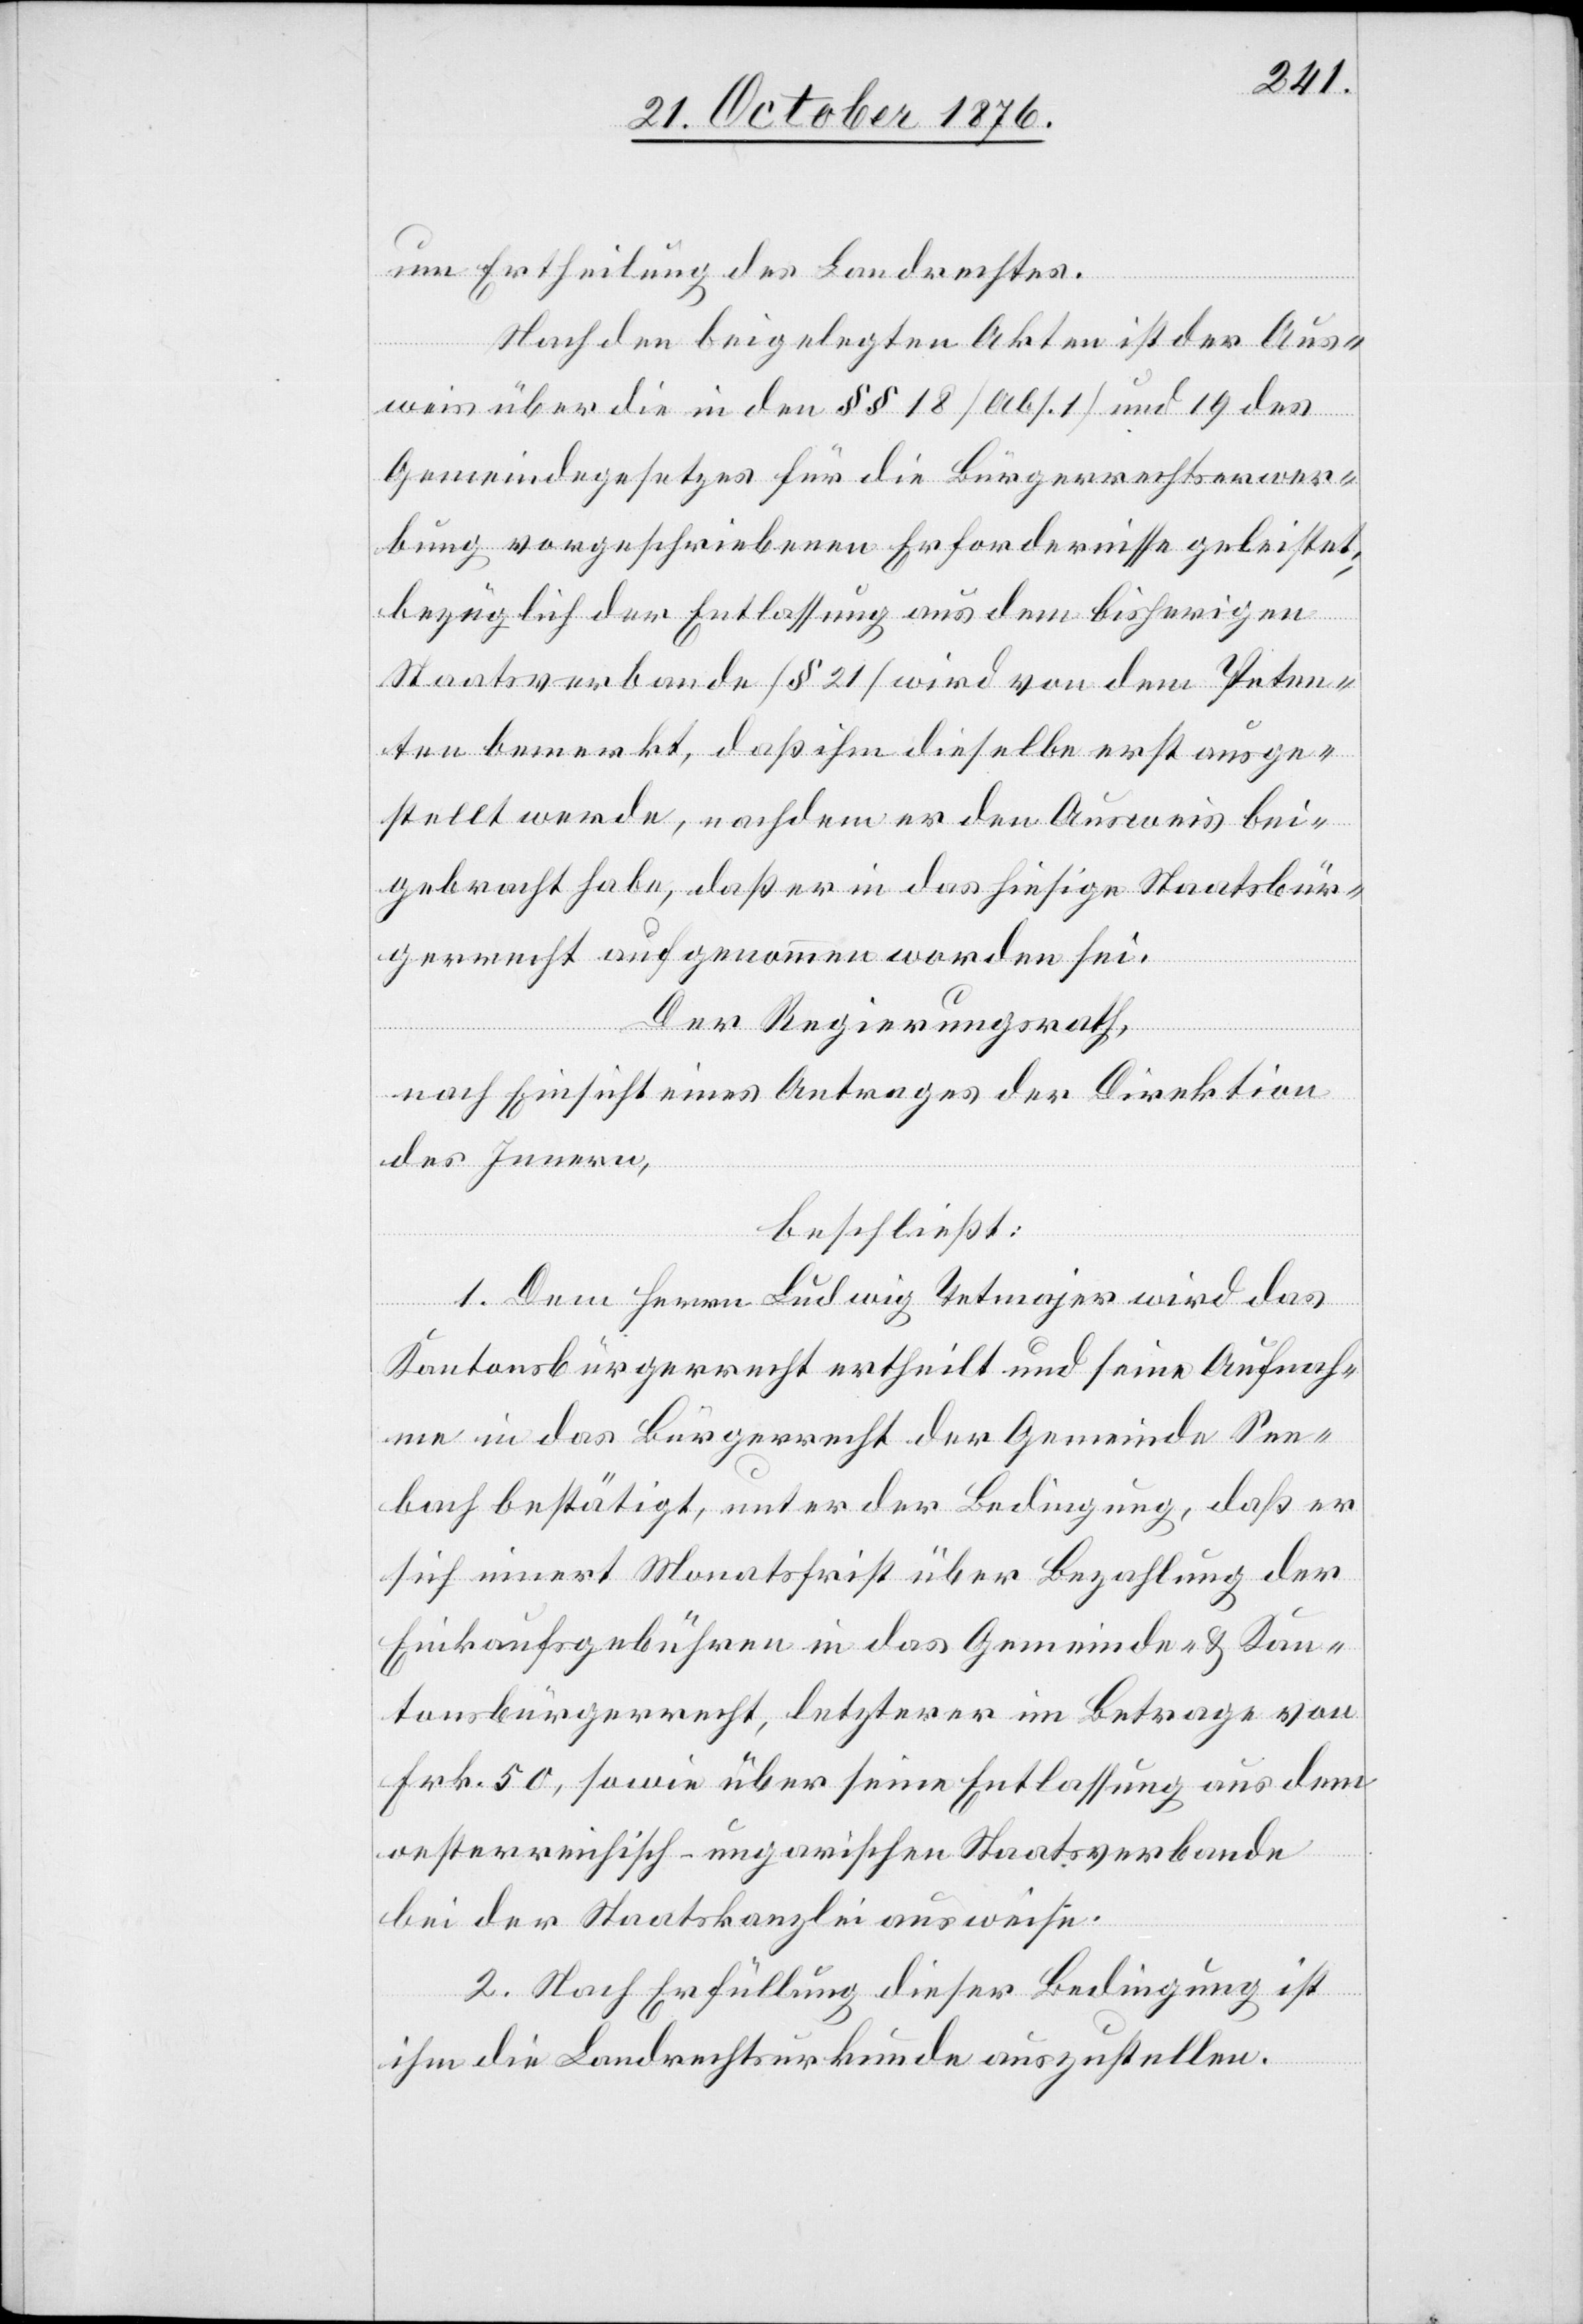
um Ertheilung des Landrechtes.
Nach den beigelegten Akten ist der Aus¬
weis über die in den §§ 18 [Abs. 1] und 19 des
Gemeindegesetzes für die Bürgerrechtserwer¬
bung vorgeschriebenen Erfordernisse geleistet;
bezüglich der Entlassung aus dem bisherigen
Staatsverbande [§ 21] wird von dem Peten¬
ten bemerkt, daß ihm dieselbe erst ausge¬
stellt werde, nachdem er den Ausweis bei¬
gebracht habe, daß er in das hiesige Staatsbür¬
gerrecht aufgenommen worden sei.
Der Regierungsrath,
nach Einsicht eines Antrages der Direktion
des Innern,
beschließt:
1. Dem Herrn Ludwig Tetmajer wird das
Kantonsbürgerrecht ertheilt und seine Aufnah¬
me in das Bürgerrecht der Gemeinde See¬
bach bestätigt, unter der Bedingung, daß er
sich innert Monatsfrist über die Bezahlung der
Einkaufsgebühren in das Gemeinde- & Kan¬
tonsbürgerrecht, letzterer im Betrage von
Frk. 50, sowie über seine Entlassung aus dem
oesterreichisch-ungarischen Staatsverbande
bei der Staatskanzlei ausweise.
2. Nach Erfüllung dieser Bedingung ist
ihm die Landrechtsurkunde auszustellen.